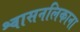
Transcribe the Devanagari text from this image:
श्वासनलिकाना